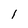
Character: I